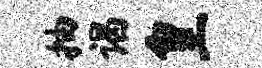
抽谒皇